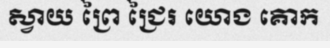
ស្វាយ ព្រៃ ជ្រៃរ យោង គោក